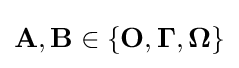
\mathbf {A} ,\mathbf {B} \in \{\mathbf {O} ,\mathbf {\Gamma } ,\mathbf {\Omega } \}